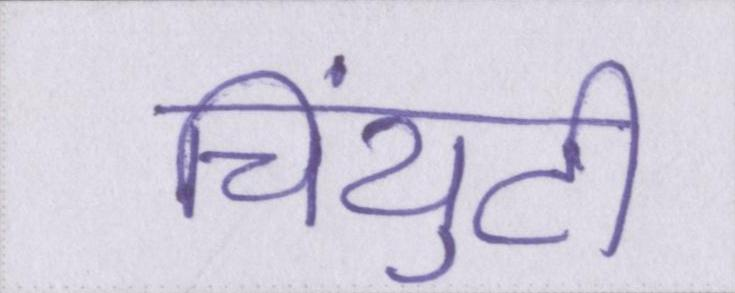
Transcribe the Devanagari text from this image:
चिंयुटी